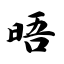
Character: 晤